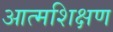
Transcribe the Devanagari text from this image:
आत्मशिक्षण